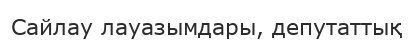
Сайлау лауазымдары, депутаттық